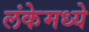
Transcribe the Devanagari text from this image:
लंकेमध्ये